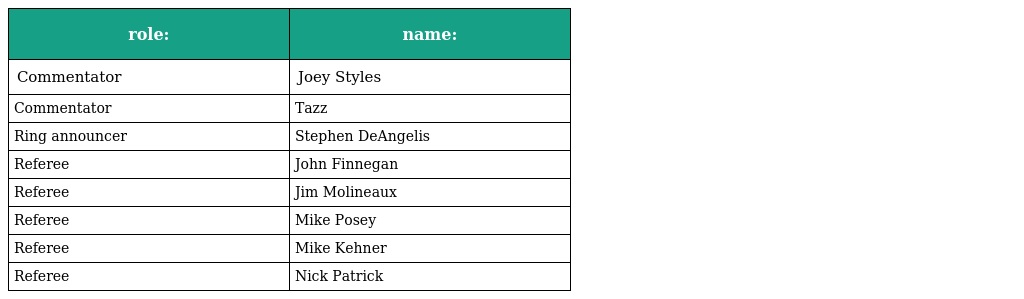
| role: | name: |
 | --- | --- |
 | Commentator | Joey Styles |
 | Commentator | Tazz |
 | Ring announcer | Stephen DeAngelis |
 | Referee | John Finnegan |
 | Referee | Jim Molineaux |
 | Referee | Mike Posey |
 | Referee | Mike Kehner |
 | Referee | Nick Patrick |